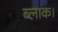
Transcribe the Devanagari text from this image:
ब्‍लाक।